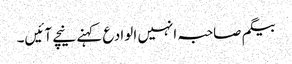
بیگم صاحبہ انہیں الوادع کہنے نیچے آئیں۔